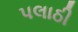
પલાઠી